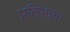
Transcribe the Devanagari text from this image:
प्रतिभाधा